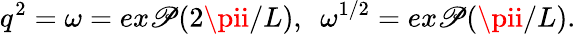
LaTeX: q^{2}=\omega=ex\mathscr{P}(2\pii/L),~~\omega^{1/2}=ex\mathscr{P}(\pii/L).